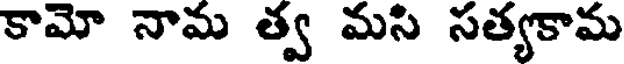
కామో నామ త్వ మసి సత్యకామ